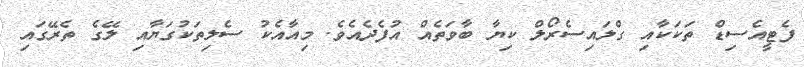
ފެޓީއެސިޑް ތަކަކާއި ގްލައިސެރޯލް ކިޔާ ބާވަތެއް އުފެދެއެވެ. މިއާއެކު ސެލިތަކުގަޔާއި ލޭގެ ތެރޭގައި